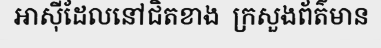
អាស៊ីដែលនៅជិតខាង  ក្រសួងព័ត៌មាន